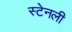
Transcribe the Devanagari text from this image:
स्‍टेनली